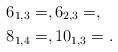
LaTeX: \begin{align*}6_{1,3} &= , 6_{2,3} = , \\8_{1,4} &= , 10_{1,3} = .\end{align*}